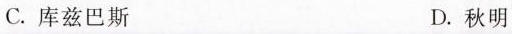
C.库兹巴斯 D.秋明